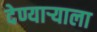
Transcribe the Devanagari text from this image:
देण्यार्‍याला